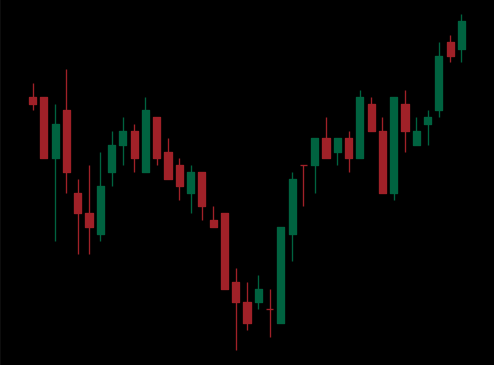
Pattern: inverse_head_shoulders